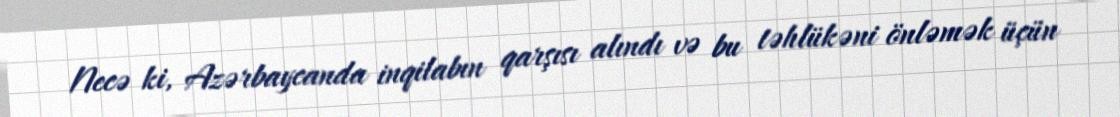
Necə ki, Azərbaycanda inqilabın qarşısı alındı və bu təhlükəni önləmək üçün